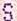
S